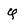
Character: Q